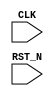

module Empty(CLK, RST_N);
   input     CLK;
   input     RST_N;


endmodule